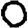
Digit: 0